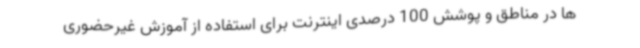
ها در مناطق و پوشش 100 درصدی اینترنت برای استفاده از آموزش غیرحضوری